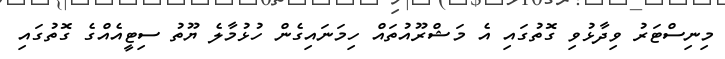
މިނިސްޓަރު ވިދާޅުވި ގޮތުގައި އެ މަޝްރޫއުތައް ހިމަނައިގެން ހުޅުމާލެ ޔޫތު ސިޓީއެއްގެ ގޮތުގައި